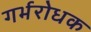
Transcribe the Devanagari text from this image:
गर्भरोधक